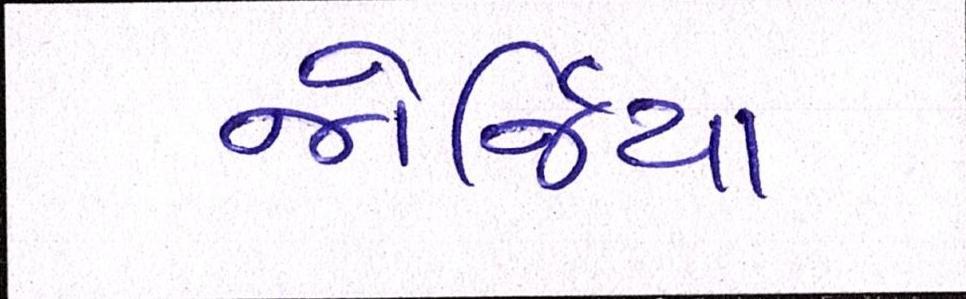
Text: જોર્જિયા